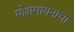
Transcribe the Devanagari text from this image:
मोक्षसाधनाचा